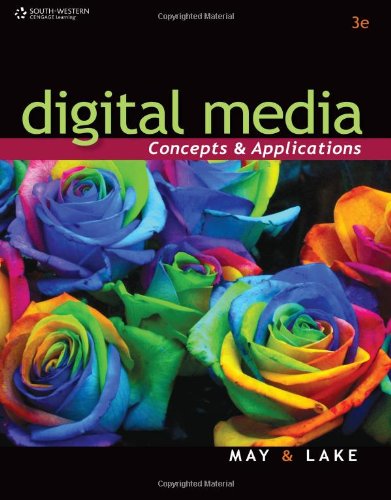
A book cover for Digital Media: Concepts and Applications (Digital Video Production); Susan Lake; Business & Money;